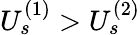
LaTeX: U_{s}^{(1)}>U_{s}^{(2)}